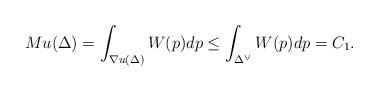
LaTeX: \begin{align*}Mu(\Delta)=\int_{\nabla u(\Delta)} W(p)dp \leq \int_{ \Delta^\vee } W(p)dp = C_1.\end{align*}